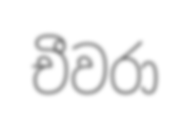
චීවරා